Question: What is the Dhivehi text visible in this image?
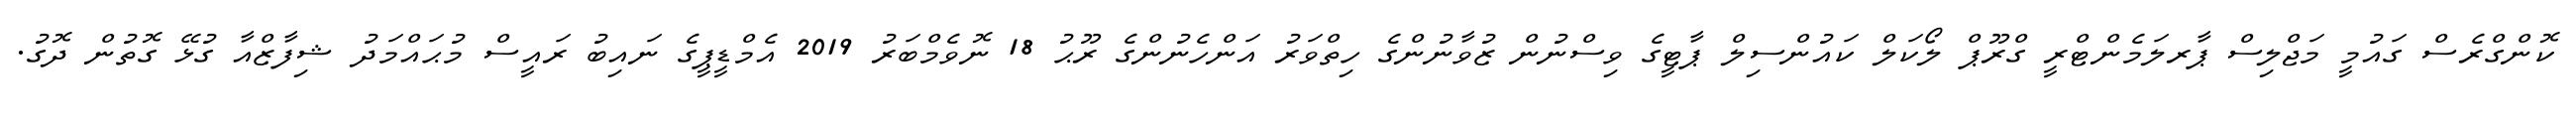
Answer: ކޮންގްރެސް ގައުމީ މަޖްލިސް ޕާރލަމެންޓްރީ ގްރޫޕް ލޯކަލް ކައުންސިލް ޕާޓީގެ ވިސްނުން ޒުވާނުންގެ ހިތްވަރު އަންހެނުންގެ ރޫޙު 18 ނޮވެމްބަރު 2019 އެމްޑީޕީގެ ނައިބު ރައީސް މުޙައްމަދު ޝިފާޒްއާ ގުޅޭ ގޮތުން ދޮގު.